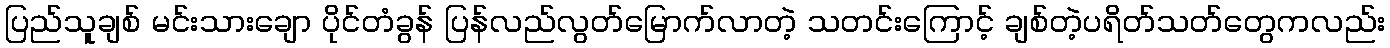
ပြည်သူချစ် မင်းသားချော ပိုင်တံခွန် ပြန်လည်လွတ်မြောက်လာတဲ့ သတင်းကြောင့် ချစ်တဲ့ပရိတ်သတ်တွေကလည်း